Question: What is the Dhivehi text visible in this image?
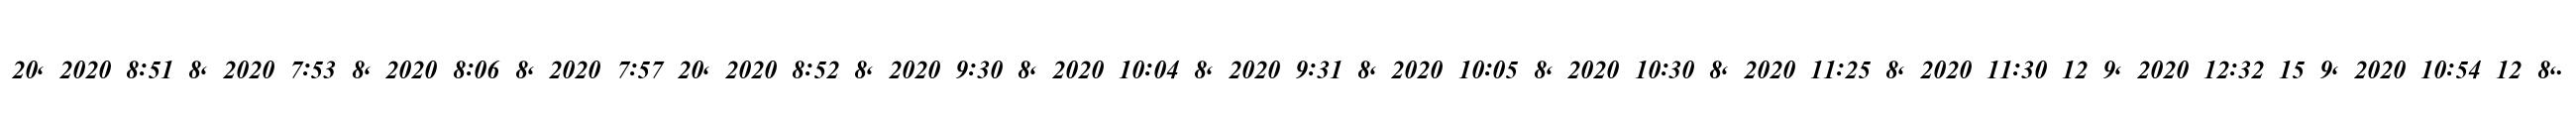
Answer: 20, 2020 8:51 8, 2020 7:53 8, 2020 8:06 8, 2020 7:57 20, 2020 8:52 8, 2020 9:30 8, 2020 10:04 8, 2020 9:31 8, 2020 10:05 8, 2020 10:30 8, 2020 11:25 8, 2020 11:30 12 9, 2020 12:32 15 9, 2020 10:54 12 8,.